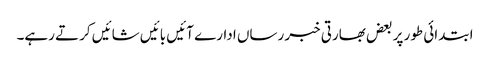
ابتدائی طور پر بعض بھارتی خبر رساں ادارے آئیں بائیں شائیں کرتے رہے۔